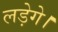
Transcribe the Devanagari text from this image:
लड़ेगे।